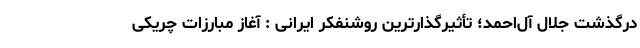
درگذشت جلال آل‌احمد؛ تأثیرگذارترین روشنفکر ایرانی : آغاز مبارزات چریکی